Tezpur Lunatic Asylum reports 1895-1904 - 1895-1904
Year: 1895
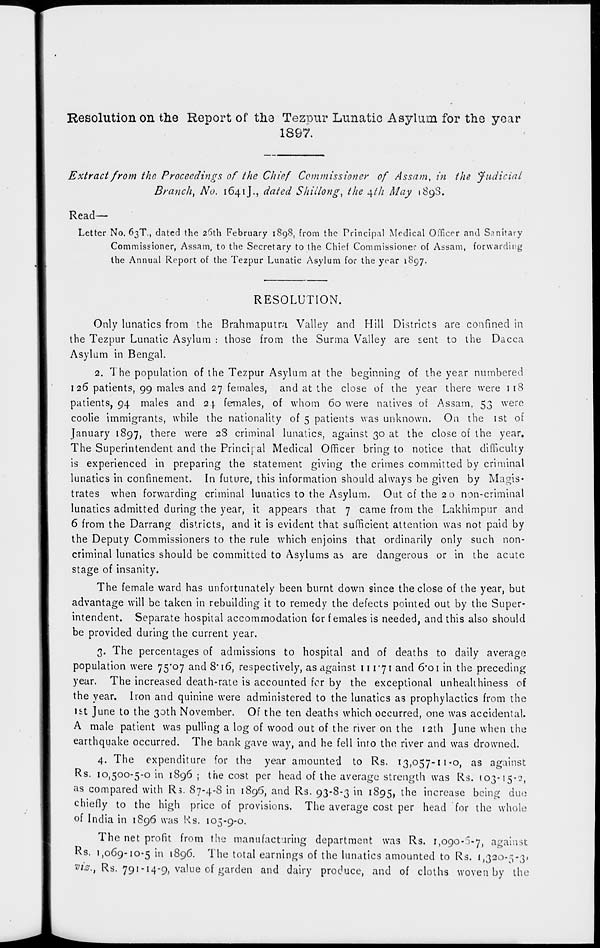
Resolution on the Report of the Teziour Lunatic Asylum for the year
1897.
Extract from the Proceedings of the Chief Commissioner of Assam, in the "Judicial
Branch, No. 1641J., dated Shiilong, the ^th May 1898.
Read-
Letter No. 63T., dated the 25th February 189S, from the Principal Medical Officer and Sanitary
Commissioner, Assam, to the Secretary to the Chief Commissioner of Assam, forwarding
the Annual Report of the Tezpur Lunatic Asylum for the year 1897.
RESOLUTION.
Only lunatics from the Brahmaputra Valley and Hill Districts are confined in
the Tezpur Lunatic Asylum : those from the Surma Valley are £ent to the Dacca
Asylum in Bengal.
2. The population of the Tezpur Asylum at the beginning of the year numbered
126 patients, 99 males and 27 females, and at the close of the year there were 118
patients, 94 males and 24 females, of whom 60 were natives of Assam, 53 were
coolie immigrants, while the nationality of 5 patients was unknown. On the 1st of
January 1897, there were 28 criminal lunatics, against 30 at the close of the year.
The Superintendent and the Principal Medical Officer bring to notice that difficulty
is experienced in preparing the statement giving the crimes committed by criminal
lunatics in confinement. In future, this information should always be given by Magis-
trates when forwarding criminal lunatics to the Asylum. Out cf the 20 non-criminal
lunatics admitted during the year, it appears that 7 came from the Lakhimpur and
6 from the Darrang districts, and it is evident that sufficient attention was not paid by
the Deputy Commissioners to the rule which enjoins that ordinarily only such non-
criminal lunatics should be committed to Asylums as are dangerous or in the acute
stage of insanity.
The female ward has unfortunately been burnt down since the close of the year, but
advantage will be taken in rebuilding it to remedy the defects pointed out by the Super-
intendent. Separate hospital accommodation for females is needed, and this also should
be provided during the current year.
3. The percentages of admissions to hospital and of deaths to daily average
population were 75*07 and 8'16, respectively, as against 11171 and 6'oi in the preceding
year. The increased death-rate is accounted for by the exceptional unheahhiness of
the year. Iron and quinine were administered to the lunatics as prophylactics from the
1st June to the 30th November. Of the ten deaths which occurred, one was accidental.
A male patient was pulling a log of wood out of the river on the 12th June when the
earthquake occurred. The bank gave way, and he fell into the river and was drowned.
4. The expenditure for the year amounted to Rs. 13,057-11-0, as against
Rs. 10,500-5-0 in 1896 ; the cost per head of the average strength was Rs. 103-15-2,
as compared with Rs. S7-4-S in 1896, and Rs. 93-8-3 in 1895, the increase being due
chiefly to the high price of provisions. The average cost per head for the whole
of India in 1896 was Rs. 105-9-0.
The net profit from the manufacturing department was Rs. 1,090-j-7, against
Rs. 1,069-10-5 in 1896. The total earnings of the lunatics amounted to Rs. 1,320-5-31
vte. t Rs. 791 -14-9, value of garden and dairy produce, and of cloths woven by the